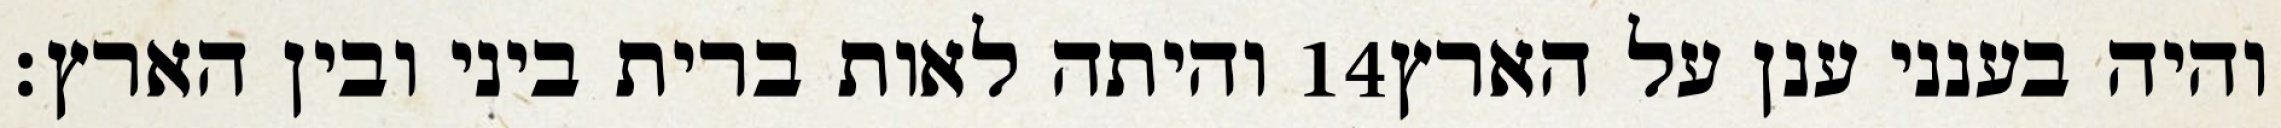
והיתה לאות ברית ביני ובין הארץ׃ ‎14‏ והיה בענני ענן על הארץ